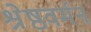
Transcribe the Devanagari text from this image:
श्रेष्ठवर्मन